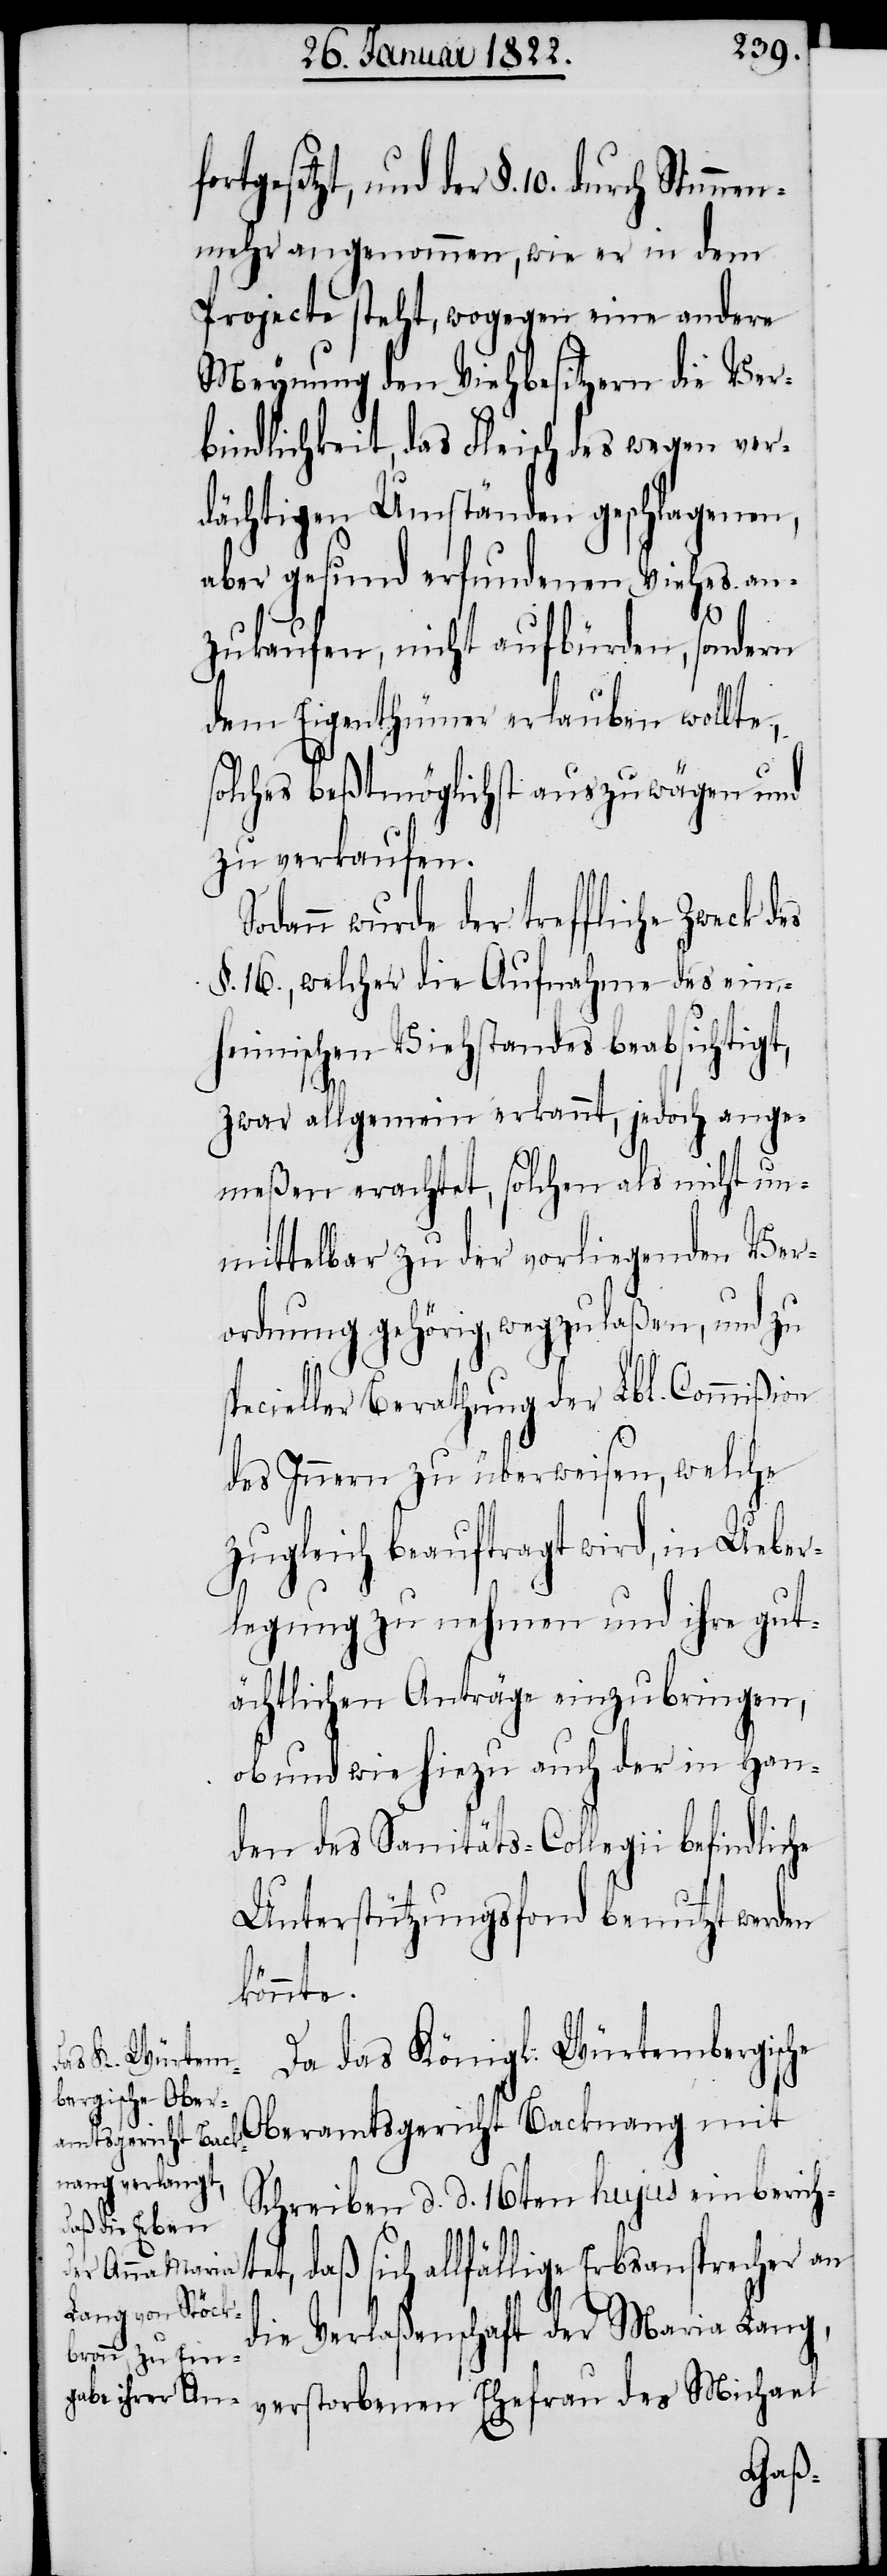
mehr angenommen, wie er in dem
Projecte steht, wogegen eine andere
Meynung den Viehbesitzern die Ver¬
bindlichkeit, das Fleisch des wegen ver¬
dächtigen Umständen geschlagenen,
aber gesund erfundenen Viehes an¬
10.
zukaufen, nicht aufbürden, sondern
dem Eigenthümer erlauben wollte,
solches beßtmöglichst auszuwägen und
zu verkaufen.
Sodann wurde der treffliche Zweck des
§. 16., welcher die Aufnahme des ein¬
heimischen Viehstandes beabsichtigt,
des
zwar allgemein erkannt, jedoch ange¬
meßen erachtet, solchen als nicht un¬
mittelbar zu der vorliegenden Ver¬
ordnung gehörig, wegzulaßen, und zu
pecieller Berathung der Lbl. Commißion
des Innern zu überweisen, welche
zugleich beauftragt wird, in Ueber¬
legung zu nehmen und ihre gut¬
ächtlichen Anträge einzubringen,
ob und wie hiezu auch der in Han¬
den des Sanitäts-Collegii befindliche
Unterstützungsfond benutzt werden
könnte.
Da das Königl. Würtembergische
Oberamtsgericht Backnang mit
Schreiben d. d. 16ten hujus einbericht¬
et, daß sich allfällige Erbsansprecher an
Verlaßenschaft der Maria Lang,
die